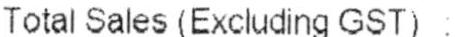
TOTAL SALES (EXCLUDING GST) :